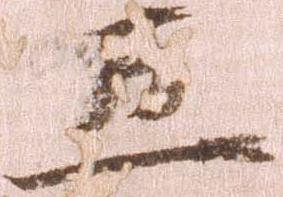
五